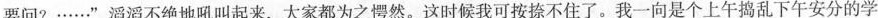
要问?……”滔滔不绝地吼叫起来，大家都为之愕然。这时候我可按捺不住了。我一向是个上午捣乱下午安分的学